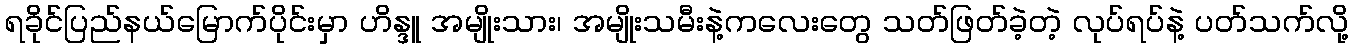
ရခိုင်ပြည်နယ်မြောက်ပိုင်းမှာ ဟိန္ဒူ အမျိုးသား၊ အမျိုးသမီးနဲ့ကလေးတွေ သတ်ဖြတ်ခဲ့တဲ့ လုပ်ရပ်နဲ့ ပတ်သက်လို့